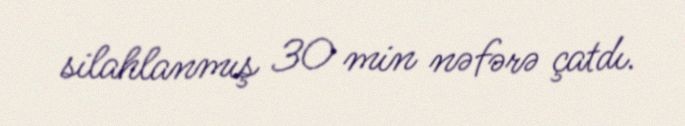
silahlanmış 30 min nəfərə çatdı.